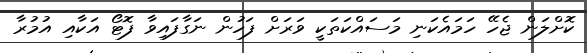
ކޮށްލަން ޖެހޭ ހަމައެކަނި މަސައްކަތަކީ ވަރަށް ފަހުން ނަގާފައިވާ ފޮޓޯ އަކާއި އުމުރާ